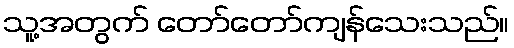
သူ့အတွက် တော်တော်ကျန်သေးသည်။